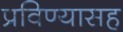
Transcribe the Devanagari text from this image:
प्रविण्यासह